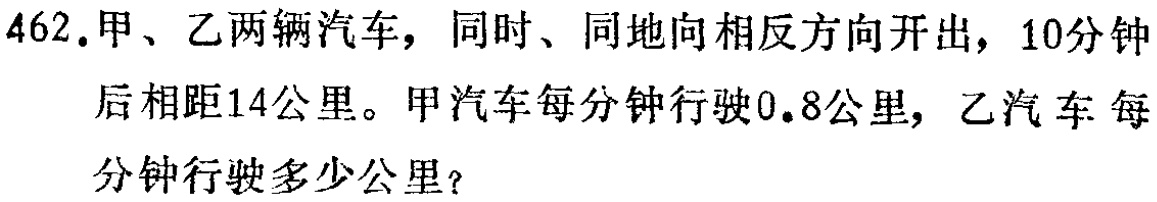
462.甲、乙两辆汽车，同时、同地向相反方向开出，10分钟后相距14公里。甲汽车每分钟行驶0.8公里，乙汽车每分钟行驶多少公里？